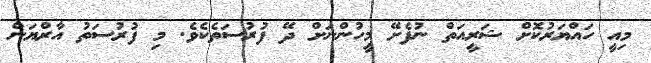
މިއީ ހައްޔަރުކޮށް ޝަރީއަތް ނުފެށޭ މީހުންނަށް ދޭ ފުރުސަތެކެވެ. މި ފުރުސަތު އާރްޔަން